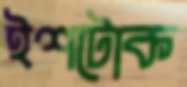
ইশটোক